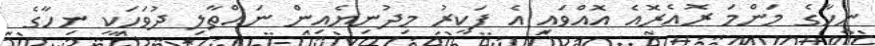
ނިހާގެ މަންމަ ރޮއެރޮއެ އޮއްވައި އެ ފަކީރު މިދުނިޔެއިން ނައްތާލި ދުވަހަކީ ނިހާގެ